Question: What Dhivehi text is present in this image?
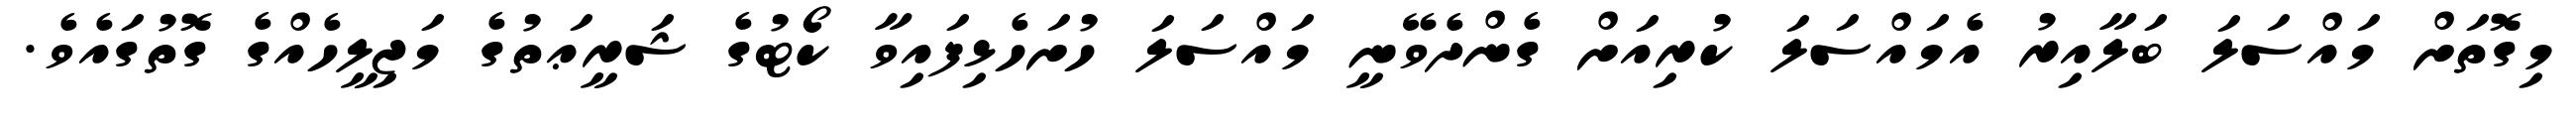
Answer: މިގޮތަށް މައްސަލަ ބަލާއިރު އެމައްސަލަ ކުރިއަށް ގެންދެވޭނީ މައްސަލަ ހުށަހެޅިފައިވާ ކޯޓުގެ ޝަރީޢަތުގެ މަޖިލީހެއްގެ ގޮތުގައެވެ.